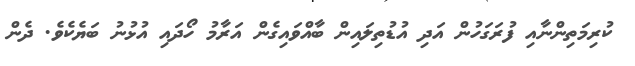
ކުރިމަތިންނާއި ފުރަގަހުން އަދި އުޑުތިލައިން ބާއްވައިގެން އަރާމު ހޯދައި އުޅުނު ބަޔެކެވެ. ދެން